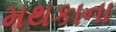
મથકાના